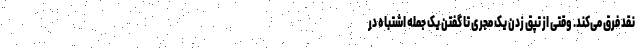
نقد فرق می‌کند. وقتی از تپق زدن یک مجری تا گفتن یک جمله اشتباه در